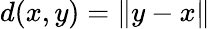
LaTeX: d(x,y)=\lVert y-x\rVert